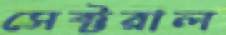
সেক্টরাল